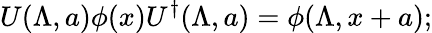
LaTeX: U(\Lambda,a)\phi(x)U^{\dagger}(\Lambda,a)=\phi(\Lambda,x+a);